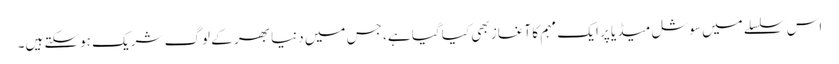
اس سلسلے میں سوشل میڈیا پر ایک مہم کا آغاز بھی کیا گیا ہے، جس میں دنیا بھر کے لوگ شریک ہوسکتے ہیں۔